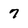
Character: 7